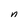
Character: n